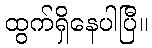
ထွက်ရှိနေပါပြီ။